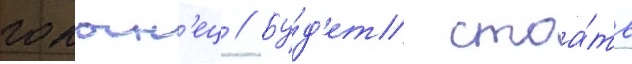
голын'ец // Бу́д'ет стоа́ть